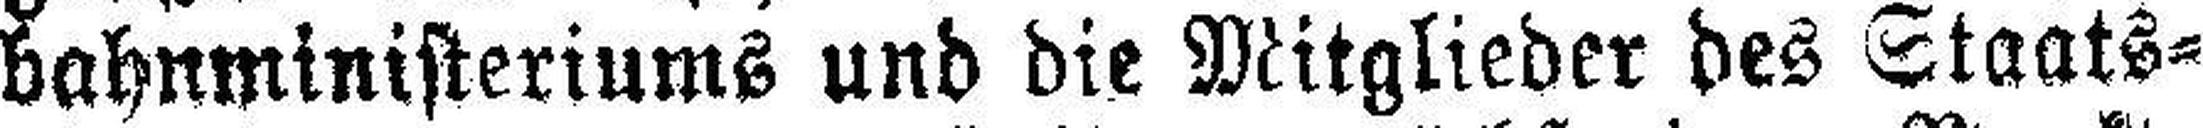
bahnministeriums und die Mitglieder des Staats¬